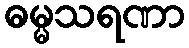
ဓမ္မသရဏာ